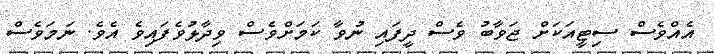
އެއްވެސް ސިޓީއަކަށް ޖަވާބު ވެސް ދީފައި ނުވާ ކަމަށްވެސް ވިދާޅުވެފައިވެ އެވެ. ނަމަވެސް